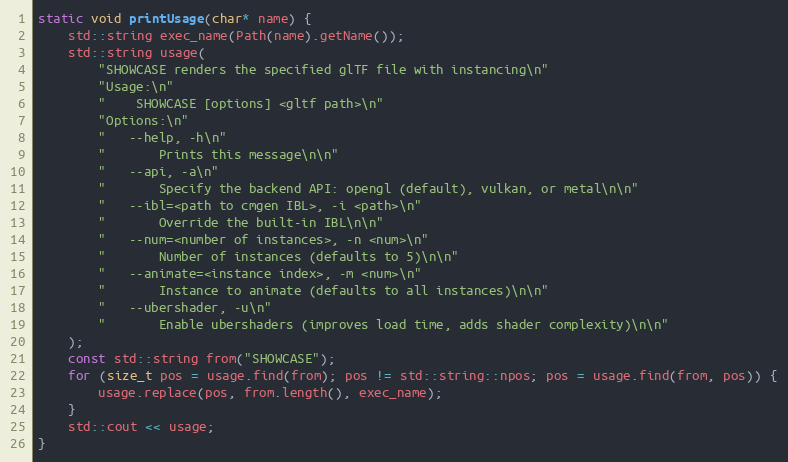
Language: C++
static void printUsage(char* name) {
    std::string exec_name(Path(name).getName());
    std::string usage(
        "SHOWCASE renders the specified glTF file with instancing\n"
        "Usage:\n"
        "    SHOWCASE [options] <gltf path>\n"
        "Options:\n"
        "   --help, -h\n"
        "       Prints this message\n\n"
        "   --api, -a\n"
        "       Specify the backend API: opengl (default), vulkan, or metal\n\n"
        "   --ibl=<path to cmgen IBL>, -i <path>\n"
        "       Override the built-in IBL\n\n"
        "   --num=<number of instances>, -n <num>\n"
        "       Number of instances (defaults to 5)\n\n"
        "   --animate=<instance index>, -m <num>\n"
        "       Instance to animate (defaults to all instances)\n\n"
        "   --ubershader, -u\n"
        "       Enable ubershaders (improves load time, adds shader complexity)\n\n"
    );
    const std::string from("SHOWCASE");
    for (size_t pos = usage.find(from); pos != std::string::npos; pos = usage.find(from, pos)) {
        usage.replace(pos, from.length(), exec_name);
    }
    std::cout << usage;
}